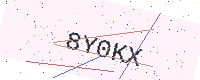
Text: 8Y0KX